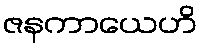
ဇနကာယေဟိ